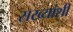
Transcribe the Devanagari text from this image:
सख्यांशी